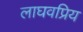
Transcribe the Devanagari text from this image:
लाघवप्रिय